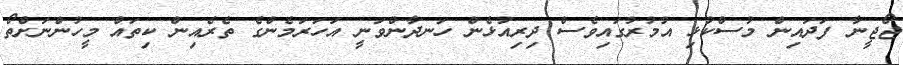
ޖޯޖީނާ ފަދައިން މުސްކުޅި އުމުރުގައިވެސް ދިރިއުޅެން ހަނދާންވަނީ އަހަރަމެންގެ ތެރެއިން ކިތައް މީހުންނަށްތޯ